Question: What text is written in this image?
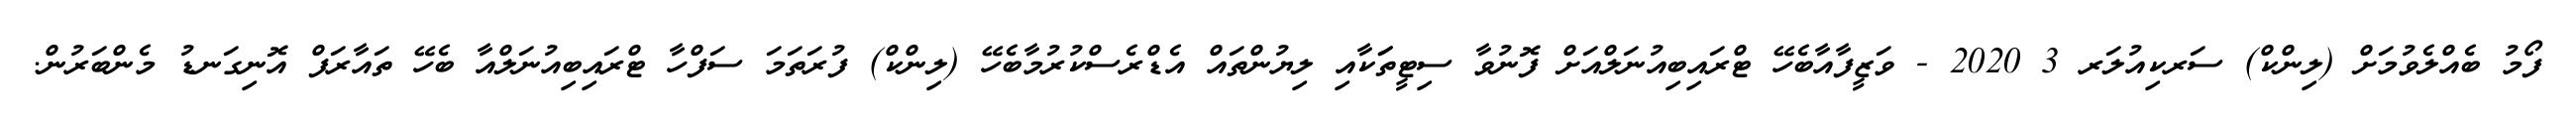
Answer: ފޯމު ބެއްލެވުމަށް (ލިންކް) ސަރކިއުލަރ 3 2020 - ވަޒީފާއާބެހޭ ޓްރައިބިއުނަލްއަށް ފޮނުވާ ސިޓީތަަކާއި ލިޔުންތައް އެޑްރެސްކުރުމާބެހޭ (ލިންކް) ފުރަތަމަ ސަފްހާ ޓްރައިބިއުނަލްއާ ބެހޭ ތައާރަފް އޮނިގަނޑު މެންބަރުން.